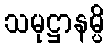
သမုဋ္ဌာနမ္ပိ